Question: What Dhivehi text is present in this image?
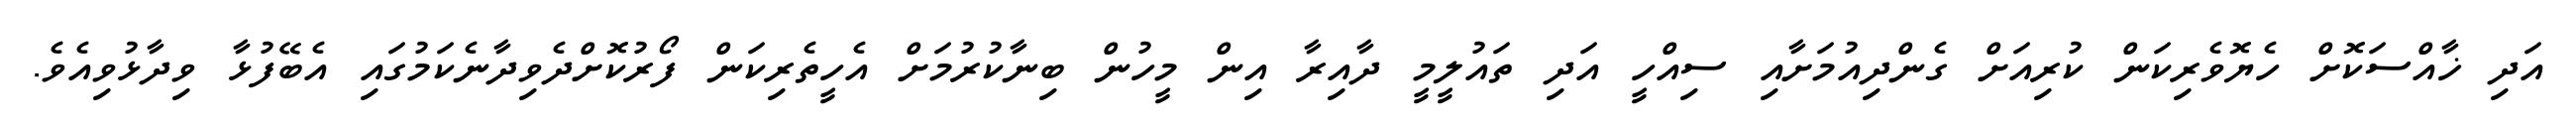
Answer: އަދި ޚާއްސަކޮށް ހެޔޮވެރިކަން ކުރިއަށް ގެންދިއުމަށާއި ސިއްހީ އަދި ތައުލީމީ ދާއިރާ އިން މީހުން ބިނާކުރުމަށް އެހީތެރިކަން ފޯރުކޮށްދެވިދާނެކަމުގައި އެބޭފުޅާ ވިދާޅުވިއެވެ.